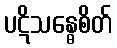
ပဋိသန္ဓေစိတ်